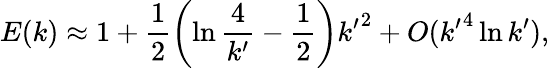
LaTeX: E(k)\approx 1+\frac{1}{2}\left(\ln\frac{4}{{k^{\prime}}}-\frac{1}{2}\right){k^{\prime}}^{2}+O({k^{\prime}}^{4}\ln{k^{\prime}}),